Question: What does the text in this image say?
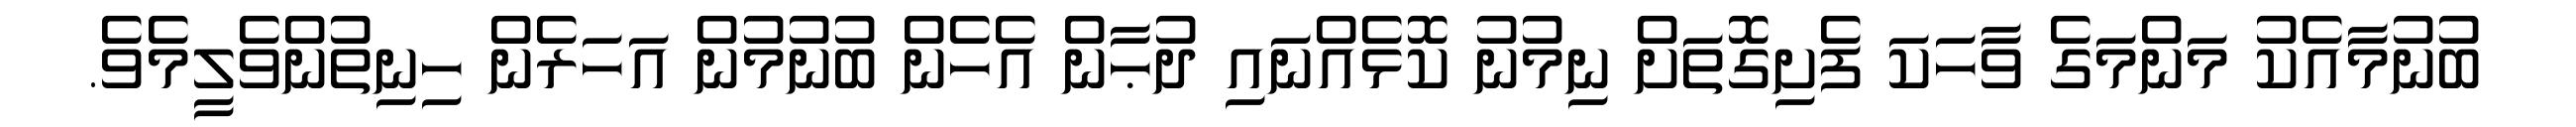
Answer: ބުނުމާއެކު މަންމަގެ ވާހަކަ ފެށިގޮތަށް ނިމުނު ކޮޅެއްނައި ދުޙާން އެހެން ބުނުމުން އަހަރެން ހިނިތުންވެލީމެވެ.